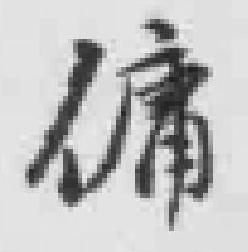
傭